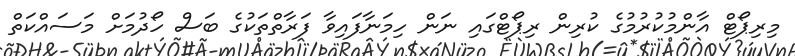
މިރިޕޯޓް އާންމުކުރުމުގެ ކުރިން ރިޕޯޓްގައި ނަން ހިމަނާފައިވާ ފަރާތްތަކުގެ ބަސް ހޯދުމަށް މަސައްކަތް